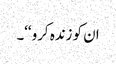
ان کو زندہ کرو‘‘۔